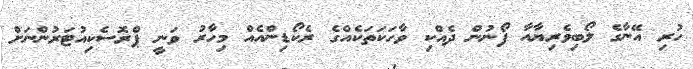
ހުރި އޭނާގެ ލޯބިވެރިޔާއާ ފޯނުން ދެއްކި ވާހަކަތަކެއްގެ ރެކޯޑިންއެއް މިހާރު ވަނީ ޕްރޮސެކިއުޓަރުންނަށް